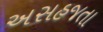
અસહજતા